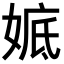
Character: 𡞖